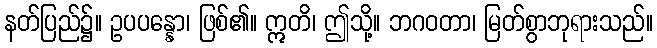
နတ်ပြည်၌။ ဥပပန္နော၊ ဖြစ်၏။ ဣတိ၊ ဤသို့။ ဘဂဝတာ၊ မြတ်စွာဘုရားသည်။